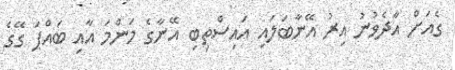
ގެއަށް އާދެވުނު އިރު އޭނާބަލައި އައިސްތިބި އޭނާގެ މަންމަ އާއި ބައްޕަ ގޭގެ